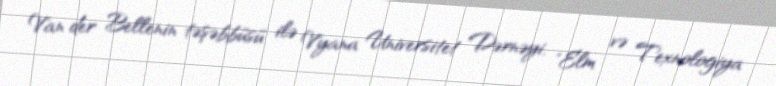
Van der Bellenin təşəbbüsü ilə Vyana Universitet Dərnəyi, "Elm və Texnologiya